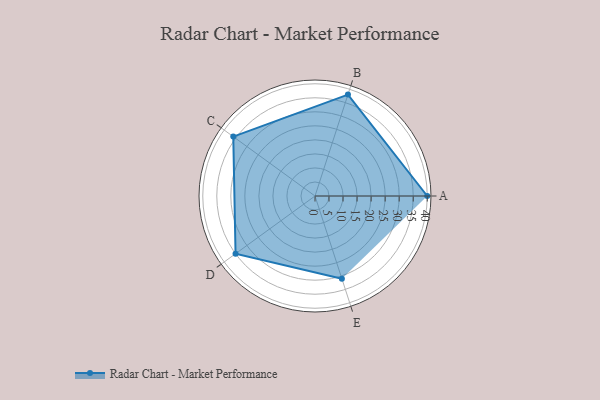
{"axis": {"x": "Skill", "y": "Score"}, "legend": ["Profile"], "data": [{"x": "A", "y": 40.0, "type": "Profile"}, {"x": "B", "y": 38.0, "type": "Profile"}, {"x": "C", "y": 36.0, "type": "Profile"}, {"x": "D", "y": 35.0, "type": "Profile"}, {"x": "E", "y": 31.0, "type": "Profile"}]}